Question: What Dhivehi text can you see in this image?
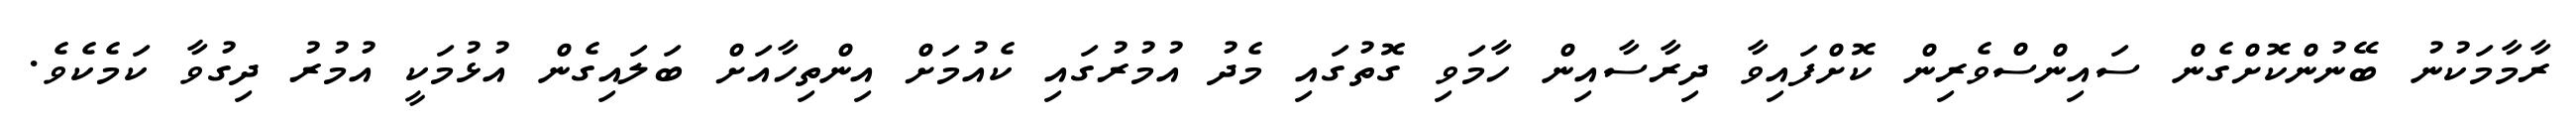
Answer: ރާމާމަކުނު ބޭނުންކޮށްގެން ސައިންސްވެރިން ކޮށްފައިވާ ދިރާސާއިން ހާމަވި ގޮތުގައި މެދު އުމުރުގައި ކެއުމަށް އިންތިހާއަށް ބަލައިގެން އުޅުމަކީ އުމުރު ދިގުވާ ކަމެކެވެ.